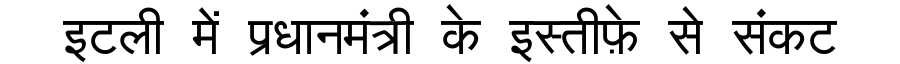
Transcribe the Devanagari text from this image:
इटली में प्रधानमंत्री के इस्तीफ़े से संकट